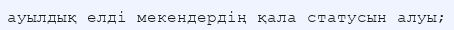
ауылдық елді мекендердің қала статусын алуы;